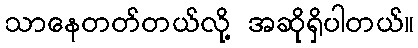
သာနေတတ်တယ်လို့ အဆိုရှိပါတယ်။